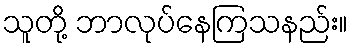
သူတို့ ဘာလုပ်နေကြသနည်း။